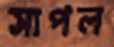
সাপল